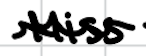
Text: Miss
Cross-out: mix
Writing tool: digital_black